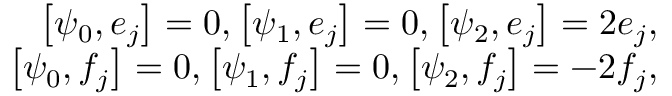
\begin{array} { r l r } & { } & { \left[ \psi _ { 0 } , e _ { j } \right] = 0 , \left[ \psi _ { 1 } , e _ { j } \right] = 0 , \left[ \psi _ { 2 } , e _ { j } \right] = 2 e _ { j } , } \\ & { } & { \left[ \psi _ { 0 } , f _ { j } \right] = 0 , \left[ \psi _ { 1 } , f _ { j } \right] = 0 , \left[ \psi _ { 2 } , f _ { j } \right] = - 2 f _ { j } , } \end{array}